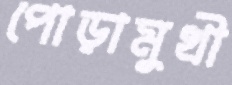
পোড়ামুখী